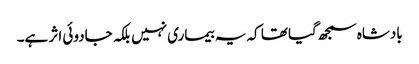
بادشاہ سمجھ گیا تھا کہ یہ بیماری نہیں بلکہ جادوئی اثر ہے۔